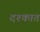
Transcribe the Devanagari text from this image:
दश्कात